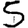
Digit: 5